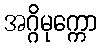
အဂ္ဂိမုက္ကော